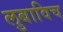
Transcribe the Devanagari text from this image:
लुबाविच